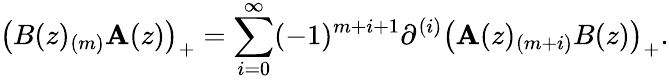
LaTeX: \bigl(B(z)_{(m)}\mathbf{A}(z)\bigr)_{+}=\sum_{i=0}^{\infty}(-1)^{m+i+1}\partial^{(i)}\bigl(\mathbf{A}(z)_{(m+i)}B(z)\bigr)_{+}.